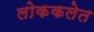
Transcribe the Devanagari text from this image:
लोककलेत